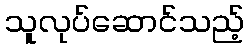
သူလုပ်ဆောင်သည့်